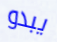
يبدو